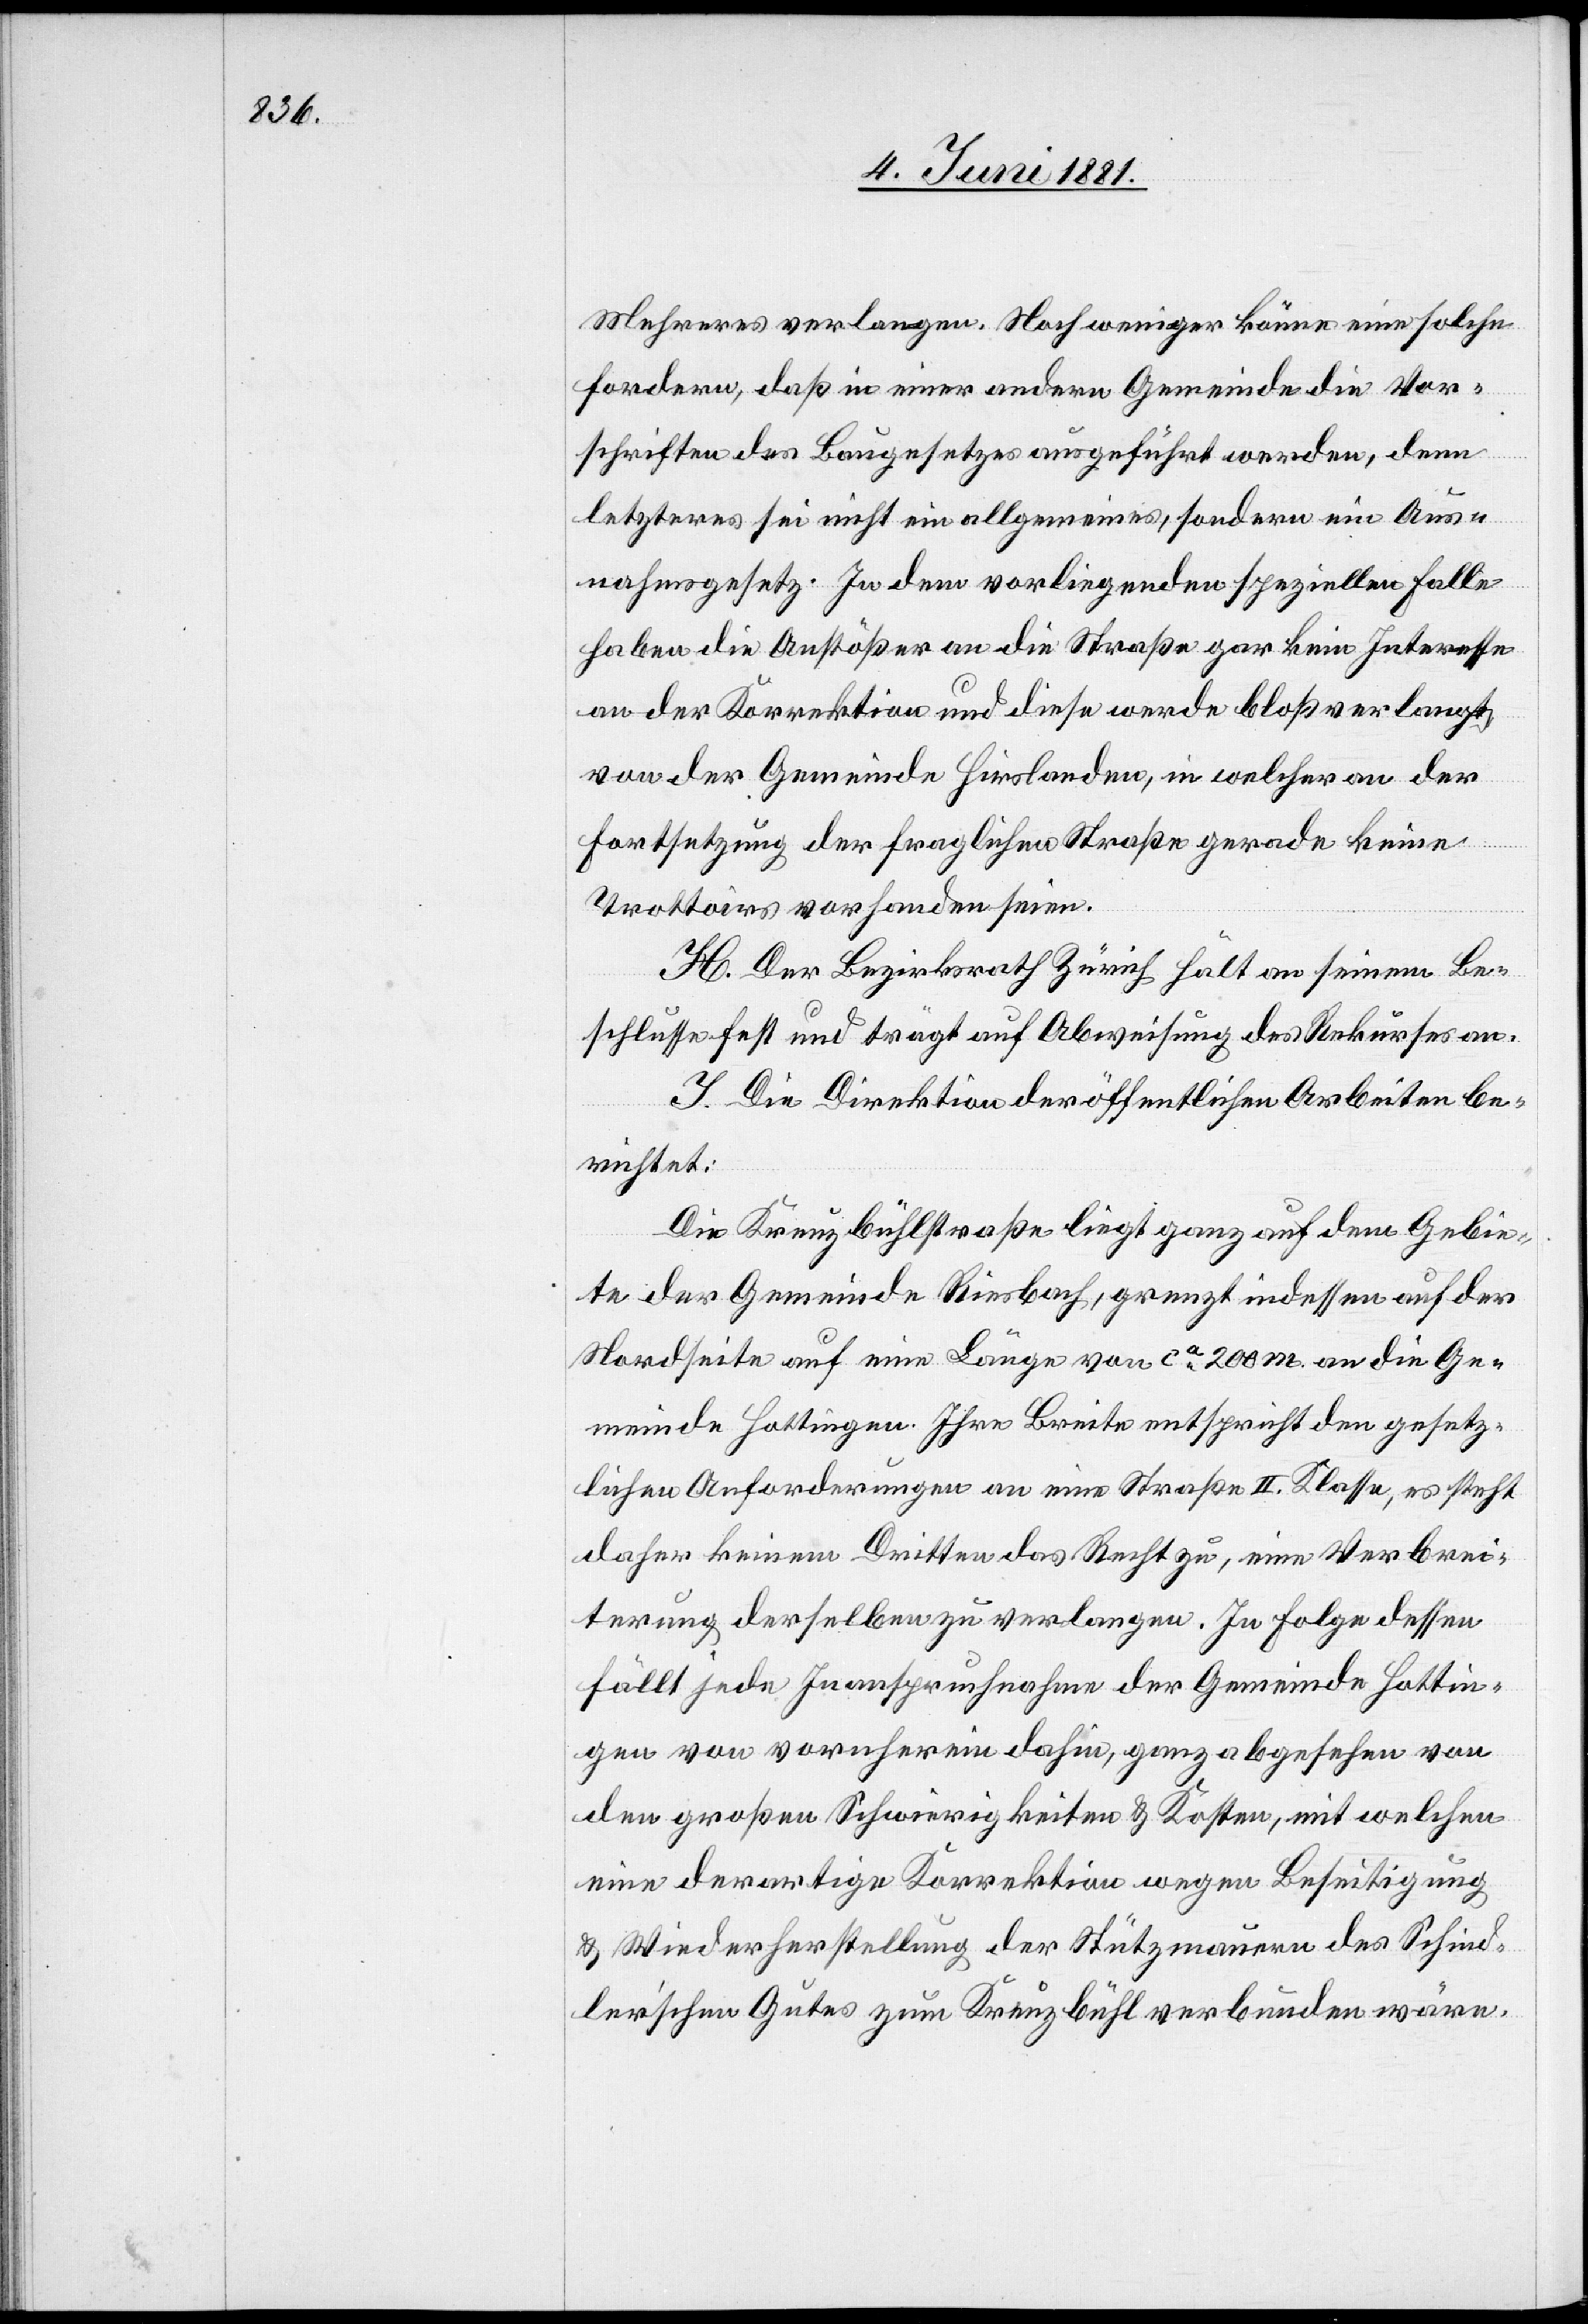
Mehreres verlangen. Noch weniger könne eine solche
fordern, daß in einer andern Gemeinde die Vor¬
schriften des Baugesetzes ausgeführt werden, denn
letzteres sei nicht ein allgemeines, sondern ein Aus¬
nahmsgesetz. In dem vorliegenden speziellen Falle
haben die Anstößer an die Straße gar kein Interesse
an der Korrektion und diese werde bloß verlangt
von der Gemeinde Hirslanden, in welcher an der
Fortsetzung der fraglichen Straße gerade keine
Trottoirs vorhanden seien.
H. Der Bezirksrath Zürich hält an seinem Be¬
schluße fest und trägt auf Abweisung des Rekurses an.
I. Die Direktion der öffentlichen Arbeiten be¬
richtet:
Die Kreuzbühlstraße liegt ganz auf dem Gebie¬
te der Gemeinde Riesbach, grenzt indessen auf der
Nordseite auf eine Länge von ca 200 m an die Ge¬
meinde Hottingen. Ihre Breite entspricht den gesetz¬
lichen Anforderungen an eine Straße II. Klasse, es steht
daher keinem Dritten das Recht zu, eine Verbrei¬
terung derselben zu verlangen. In Folge dessen
fällt jede Inanspruchnahme der Gemeinde Hottin¬
gen von vornherein dahin, ganz abgesehen von
den großen Schwierigkeiten & Kosten, mit welchen
eine derartige Korrektion wegen Beseitigung
& Wiederherstellung der Stützmauern des Schind¬
ler’schen Gutes zum Kreuzbühl verbunden wäre.